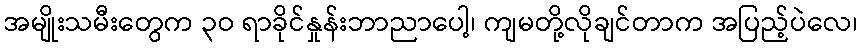
အမျိုးသမီးတွေက ၃ဝ ရာခိုင်နှုန်းဘာညာပေါ့၊ ကျမတို့လိုချင်တာက အပြည့်ပဲလေ၊